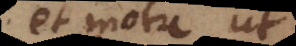
et motu ut